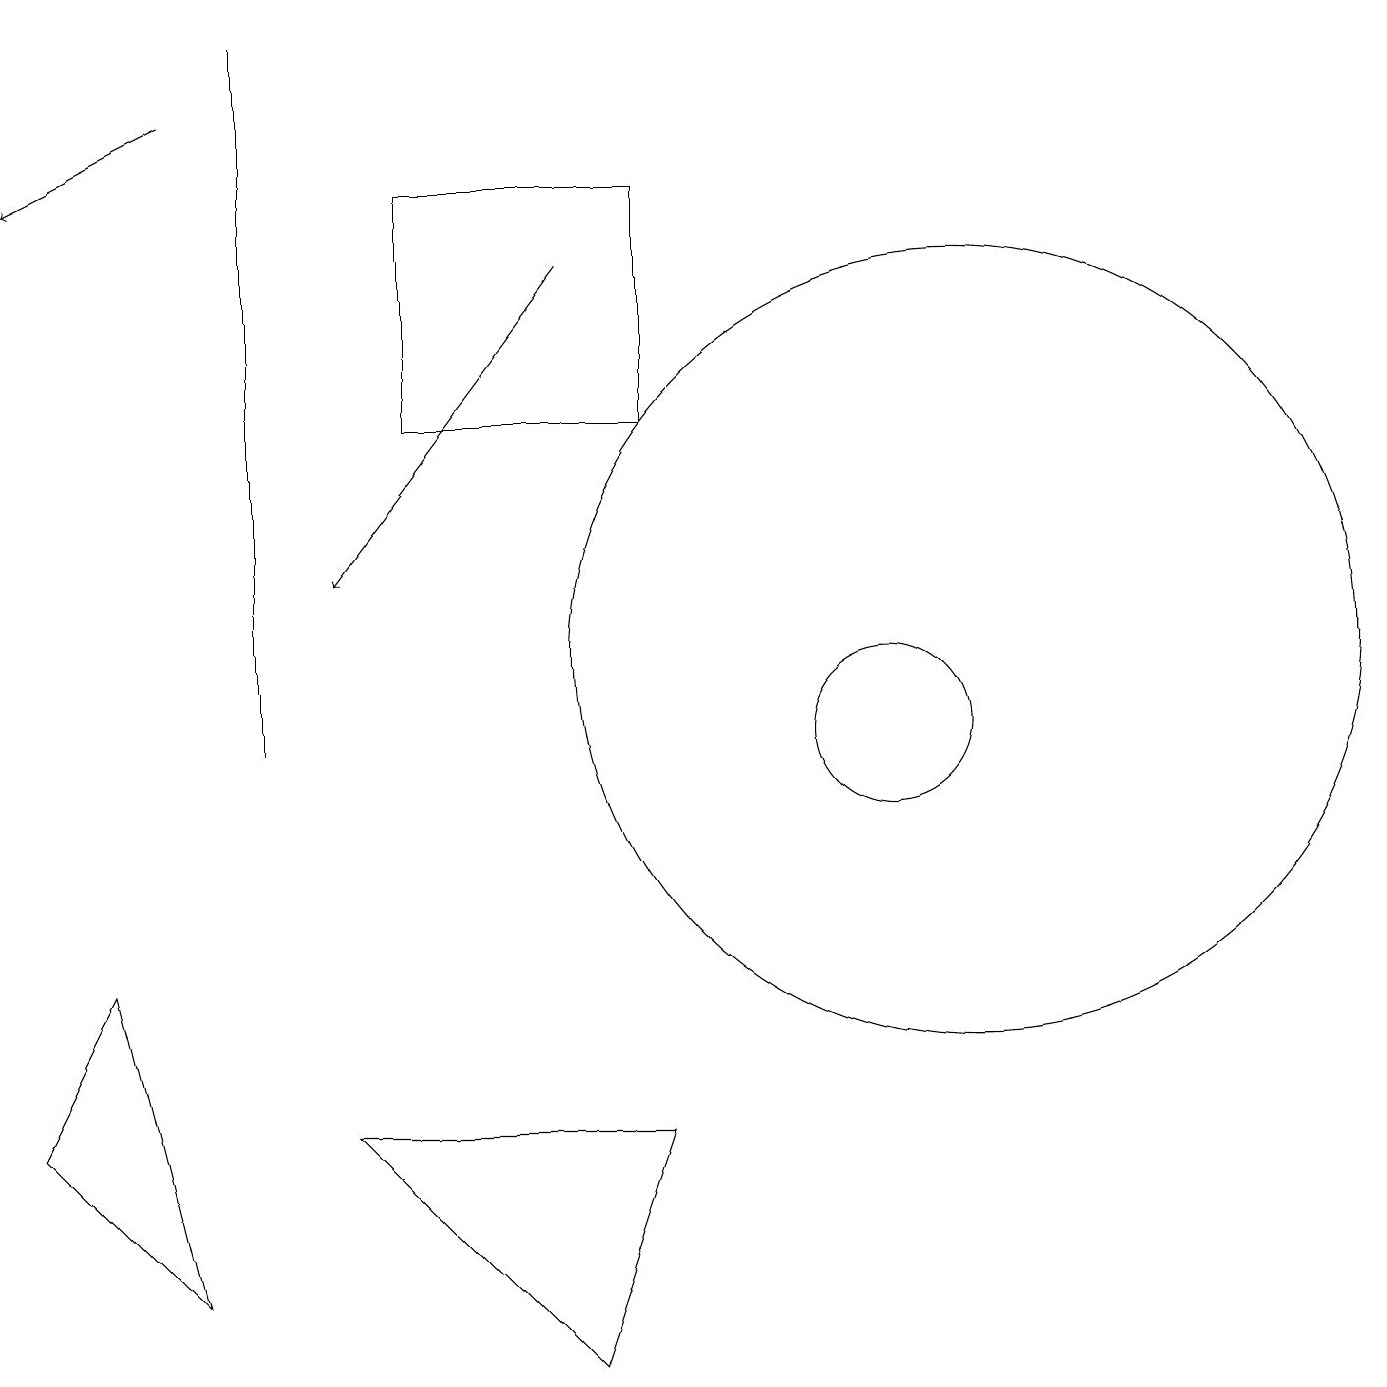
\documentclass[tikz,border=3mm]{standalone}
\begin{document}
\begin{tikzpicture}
\draw (12,11) circle (5);
\draw[->] (7,16) -- (4,12);
\draw (5,17) rectangle (8,14);
\draw (11,10) circle (1);
\draw[->] (2,18) -- (0,17);
\draw (4,5) -- (7,2) -- (8,5) -- cycle;
\draw (0,5) -- (1,7) -- (2,3) -- cycle;
\draw (3,10) rectangle (3,19);
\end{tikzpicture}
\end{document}